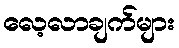
လေ့လာချက်များ